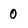
Character: 0